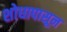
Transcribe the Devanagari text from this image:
शोधापासून